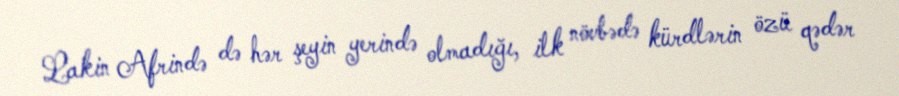
Lakin Afrində də hər şeyin yerində olmadığı, ilk növbədə kürdlərin özü qədər